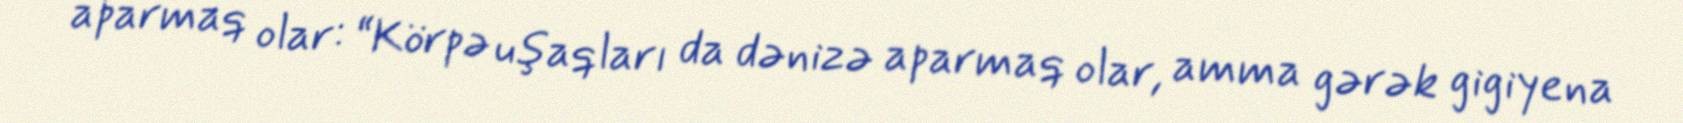
aparmaq olar: “Körpə uşaqları da dənizə aparmaq olar, amma gərək gigiyena